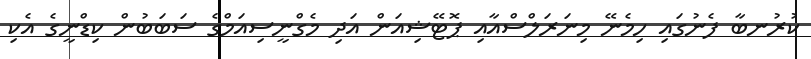
ކުރުނބާ ފެނުގައި ހިމެނޭ މިނަރަލްސްއާއި ޕޮޓޭޝިއަން އަދި މެގްނީސިއަމްގެ ސަބަބުން ކިޑްނީގެ އެކި